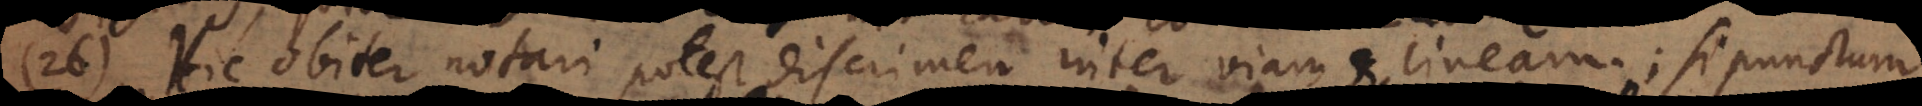
26) Hic obiter notari potest discrimen inter viam et lineam; si punctum